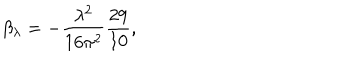
\beta _ { \lambda } = - \frac { \lambda ^ { 2 } } { 1 6 \pi ^ { 2 } } \frac { 2 9 } { 1 0 } ,